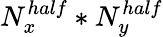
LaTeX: N_{x}^{half}*N_{y}^{half}